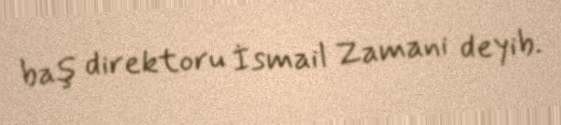
baş direktoru İsmail Zamani deyib.